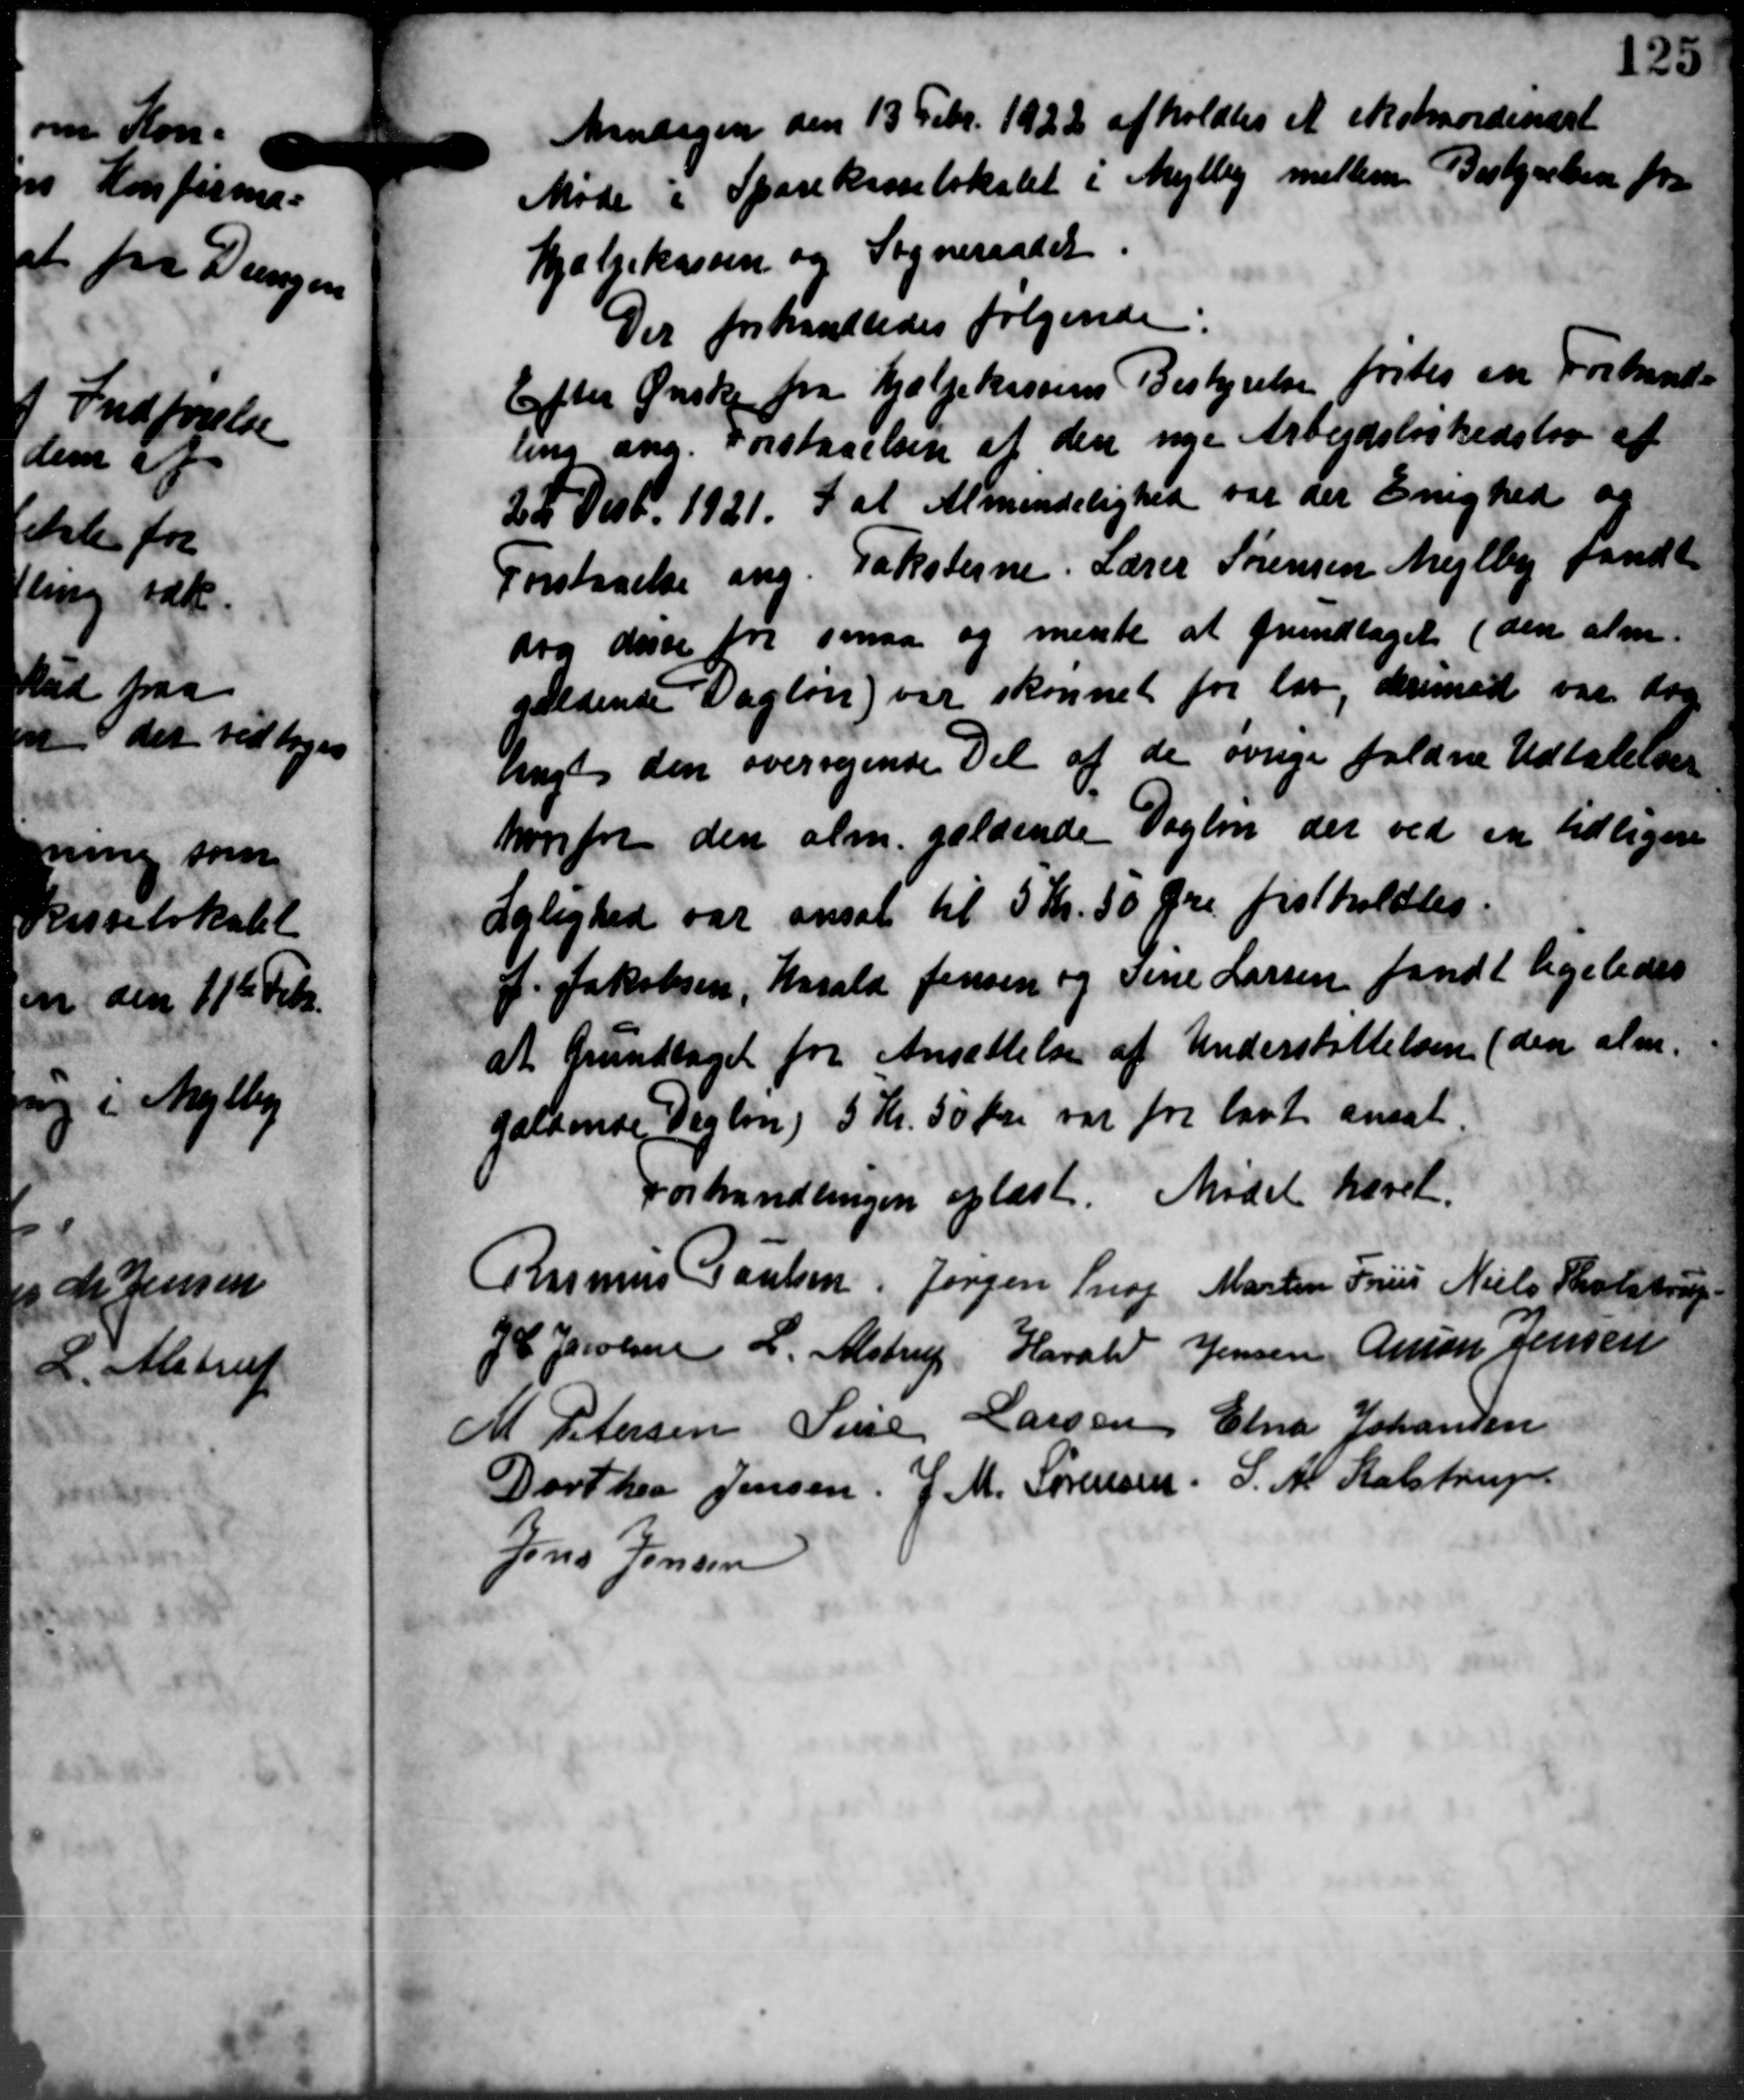
Transskription:
Mandagen den 13 Febr. 1922 afholdtes et ekstraordinært
Møde i Sparekasselokalet i Mejlby mellem Bestyrelsen fra
hjælpekassen og Sogneraadet
Der forhandledes følgende:
Efter Ønske fra hjælpekassens Bestyrelse førtes en Forhand
ling ang. Forstaaelsen af den nye Arbejdsløshedslov af
22 Decb. 1921. I at Almindelighed var der Enighed og
Forstaaelse ang. Taksterne. Lærer Sørensen Mejlby fandt
dog disse for smaa og mente at grundtaget (den alm.
gældende Dagløn) var skønnet for lav, derimod var dan
ungt den overrigende Del af de øvrige faldne Udtalelse
hvorfor den alm. gældende Daglen der ved en tidligere
Lejlighed var ansat til 3 Kr. 50 Øre fastholdtes.
f. Jakobsen, Harald Jensen og Sine Larsen fandt ligeledes
at hundtaget for Ansættelse af Understøttelsen (den alm.
gældende Dagløn) 5 Kr. 50 Øre var for lavt ansat
Forhandlingen oplæst. Mødet hævet.
Rasmus Poulsen Jørgen Snog Martin Friis Niels Tholstrup
J P Jacobsen L. Alstrup Harald Jensen Anton Jensen
M. Petersen Sine Larsen Elna Johansen
Dorthea Jensen. J. M. Sørensen. S. A. Kalstrup
Jens Jensen